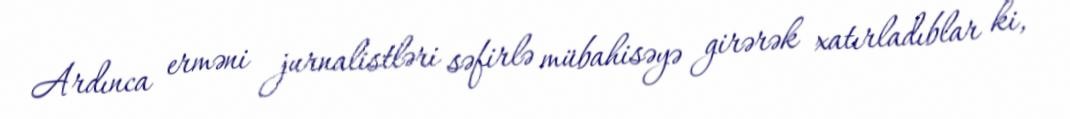
Ardınca erməni jurnalistləri səfirlə mübahisəyə girərək xatırladıblar ki,